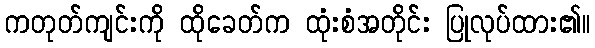
ကတုတ်ကျင်းကို ထိုခေတ်က ထုံးစံအတိုင်း ပြုလုပ်ထား၏။